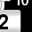
Digit: 2